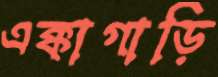
এক্কাগাড়ি